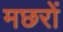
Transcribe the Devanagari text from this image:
मछरों